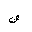
Letter: _fa